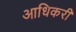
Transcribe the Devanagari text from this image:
आधिकरी